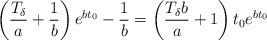
LaTeX: \begin{align*}\left(\frac{T_{\delta}}{a} + \frac{1}{b}\right)e^{bt_0} - \frac{1}{b}=\left(\frac{T_{\delta}b}{a} + 1\right)t_0e^{bt_0}\end{align*}